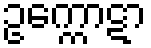
ဥက္ကောဋာ